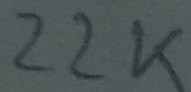
Text: 22K